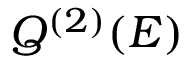
Q ^ { ( 2 ) } ( E )